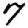
Digit: 7